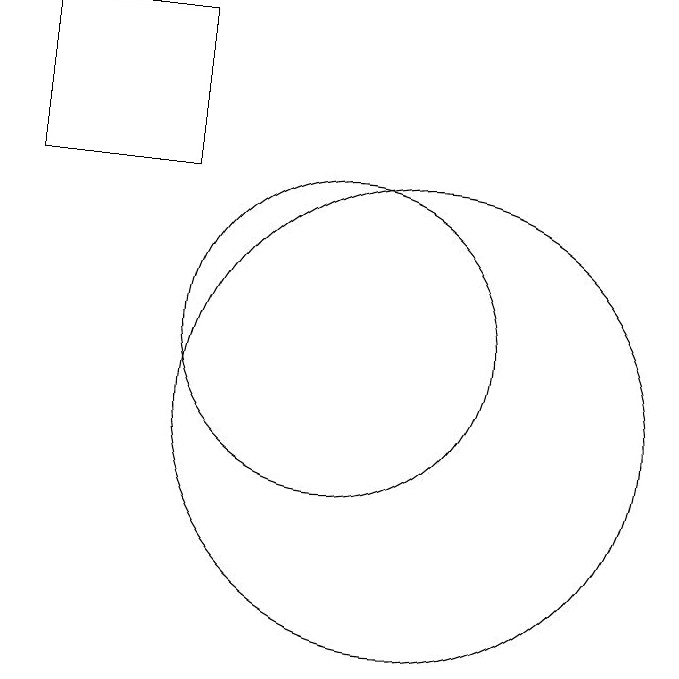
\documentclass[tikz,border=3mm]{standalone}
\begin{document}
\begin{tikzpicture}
\draw (12,10) circle (3);
\draw (11,11) circle (2);
\draw (7,15) rectangle (9,13);
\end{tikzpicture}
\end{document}